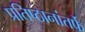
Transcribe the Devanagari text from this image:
प्रतिष्ठानांतर्फे